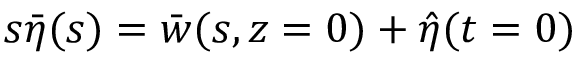
s \bar { \eta } ( s ) = \bar { w } ( s , z = 0 ) + \hat { \eta } ( t = 0 )